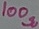
Text: 100Ω